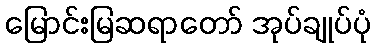
မြောင်းမြဆရာတော် အုပ်ချုပ်ပုံ